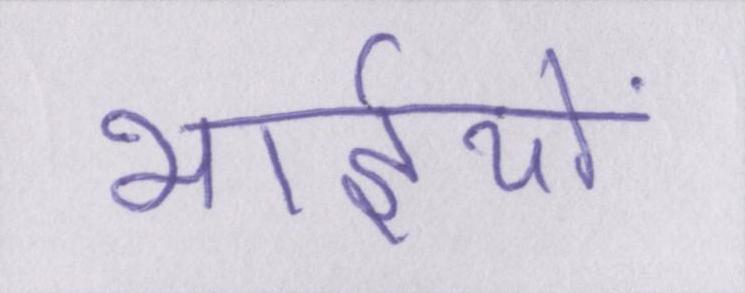
भाईयों